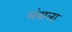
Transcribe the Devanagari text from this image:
लंबाला